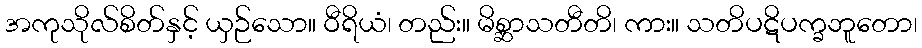
အကုသိုလ်စိတ်နှင့် ယှဉ်သော။ ဝီရိယံ၊ တည်း။ မိစ္ဆာသတီတိ၊ ကား။ သတိပဋိပက္ခဘူတော၊